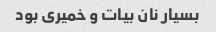
بسیار نان بیات ‌و خمیری بود